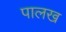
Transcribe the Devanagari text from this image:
पालख